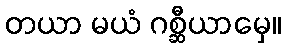
တယာ မယံ ဂစ္ဆီယာမှေ။